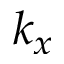
k _ { x }